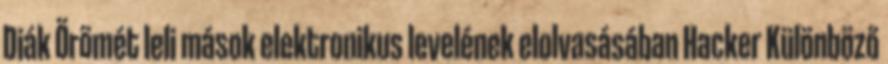
Diák Örömét leli mások elektronikus levelének elolvasásában Hacker Különböző